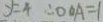
y = 4 \therefore O O A = 1